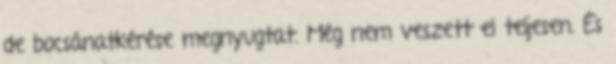
de bocsánatkérése megnyugtat. Még nem veszett el teljesen. És